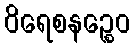
ဝိရေစနဉ္စေဝ